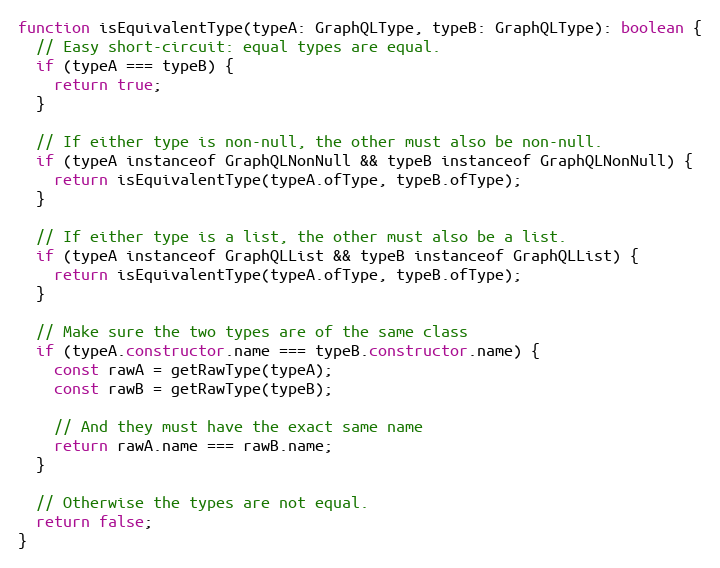
Language: JavaScript
function isEquivalentType(typeA: GraphQLType, typeB: GraphQLType): boolean {
  // Easy short-circuit: equal types are equal.
  if (typeA === typeB) {
    return true;
  }

  // If either type is non-null, the other must also be non-null.
  if (typeA instanceof GraphQLNonNull && typeB instanceof GraphQLNonNull) {
    return isEquivalentType(typeA.ofType, typeB.ofType);
  }

  // If either type is a list, the other must also be a list.
  if (typeA instanceof GraphQLList && typeB instanceof GraphQLList) {
    return isEquivalentType(typeA.ofType, typeB.ofType);
  }

  // Make sure the two types are of the same class
  if (typeA.constructor.name === typeB.constructor.name) {
    const rawA = getRawType(typeA);
    const rawB = getRawType(typeB);

    // And they must have the exact same name
    return rawA.name === rawB.name;
  }

  // Otherwise the types are not equal.
  return false;
}